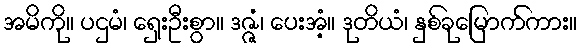
အမိကို။ ပဌမံ၊ ရှေးဦးစွာ။ ဒဇ္ဇံ၊ ပေးအံ့။ ဒုတိယံ၊ နှစ်ခုမြောက်ကား။